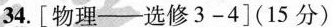
34.[物理-选修3-4](15分)